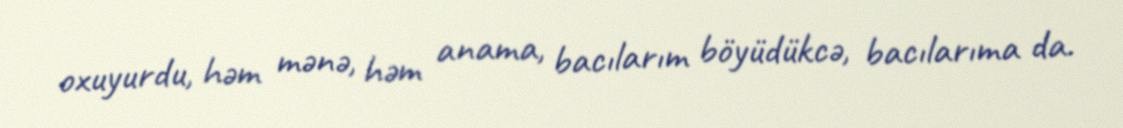
oxuyurdu, həm mənə, həm anama, bacılarım böyüdükcə, bacılarıma da.